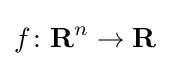
f\colon {\textbf {R}}^{n}\to {\textbf {R}}